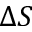
\Delta S